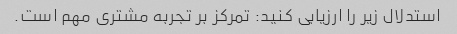
استدلال زیر را ارزیابی کنید: تمرکز بر تجربه مشتری مهم است.